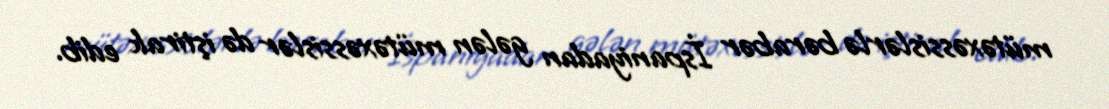
mütəxəssislərlə bərabər İspaniyadan gələn mütəxəssislər də iştirak edib.